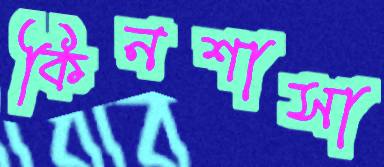
কিনশাসা